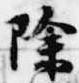
除